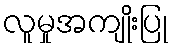
လူမှုအကျိုးပြု